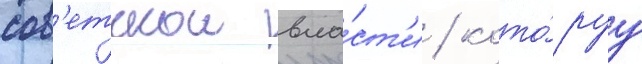
сов'етскои вла́ст'и / кото́руу